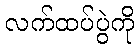
လက်ထပ်ပွဲကို